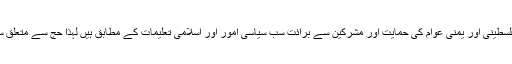
آپ نے فرمایا کہ اتحاد امت، مظلوم اقوام بشمول فلسطینی اور یمنی عوام کی حمایت اور مشرکین سے برائت سب سیاسی امور اور اسلامی تعلیمات کے مطابق ہیں لہٰذا حج سے متعلق سیاسی معاملات بھی دینی اور روحانی فرض ہیں۔